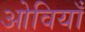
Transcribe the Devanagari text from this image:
ओवियाँ